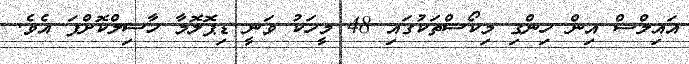
އައިލްސް އިން ހިންގި މިކޯސްތަކުގައި 48 މީހަކު ވަނީ ޑިޕޮލޮމާ ހާސިލްކޮށްފަ އެވެ.